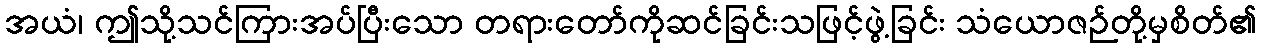
အယံ၊ ဤသို့သင်ကြားအပ်ပြီးသော တရားတော်ကိုဆင်ခြင်းသဖြင့်ဖွဲ့ခြင်း သံယောဇဉ်တို့မှစိတ်၏